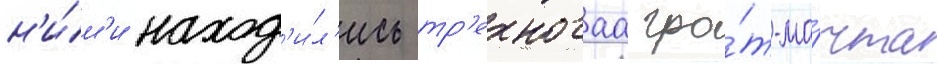
н'и́м'и наход'и́л'ись тр'ехногаа гро́т-ма́чта